Annual report of the Civil Veterinary Department, Bengal, for the year 1898-99 - 1898-1899
Year: 1898
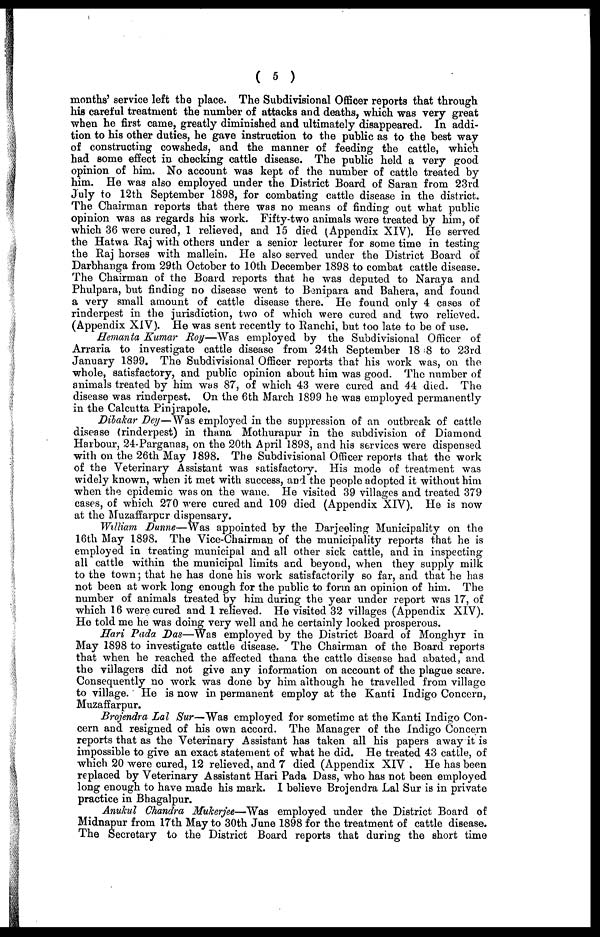
( 5 )
months' service left the place. The Subdivisional Officer reports that through
his careful treatment the number of attacks and deaths, which was very great
when he first came, greatly diminished and ultimately disappeared. In addi-
tion to his other duties, he gave instruction to the public as to the best way
of constructing cowsheds, and the manner of feeding the cattle, which
had some effect in checking cattle disease. The public held a very good
opinion of him. No account was kept of the number of cattle treated by
him. He was also employed under the District Board of Saran from 23rd
July to 12th September 1898, for combating cattle disease in the district.
The Chairman reports that there was no means of finding out what public
opinion was as regards his work. Fifty-two animals were treated by him, of
which 36 were cured, 1 relieved, and 15 died (Appendix XIV). He served
the Hatwa Raj with others under a senior lecturer for some time in testing
the Raj horses with mallein. He also served under the District Board of
Darbhanga from 29th October to 10th December 1898 to combat cattle disease.
The Chairman of the Board reports that he was deputed to Naraya and
Phulpara, but finding no disease went to Benipara and Bahera, and found
a very small amount of cattle disease there. He found only 4 cases of
rinderpest in the jurisdiction, two of which were cured and two relieved.
(Appendix XIV). He was sent recently to Ranchi, but too late to be of use.
Hemanta Kumar Roy—Was employed by the Subdivisional Officer of
Arraria to investigate cattle disease from 24th September 18 8 to 23rd
January 1899. The Subdivisional Officer reports that his work was, on the
whole, satisfactory, and public opinion about him was good. The number of
animals treated by him was 87, of which 43 were cured and 44 died. The
disease was rinderpest. On the 6th March 1899 he was employed permanently
in the Calcutta Pinjrapole.
Dilakar Dey—Was employed in the suppression of an outbreak of cattle
disease (rinderpest) in thana Mothurapur in the subdivision of Diamond
Harbour, 24-Parganas, on the 20th April 1898, and his services were dispensed
with on the 26th May 1898. The Subdivisional Officer reports that the work
of the Veterinary Assistant was satisfactory. His mode of treatment was
widely known, when it met with success, and the people adopted it without him
when the epidemic was on the wane. He visited 39 villages and treated 379
cases, of which 270 were cured and 109 died (Appendix XIV). He is now
at the Muzaffarpur dispensary.
William Dunne—Was appointed by the Darjeeling Municipality on the
16th May 1898. The Vice-Chairman of the municipality reports that he is
employed in treating municipal and all other sick cattle, and in inspecting
all cattle within the municipal limits and beyond, when they supply milk
to the town; that he has done his work satisfactorily so far, and that he has
not been at work long enough for the public to form an opinion of him. The
number of animals treated by him during the year under report was 17, of
which 16 were cured and 1 relieved. He visited 32 villages (Appendix XIV).
He told me he was doing very well and he certainly looked prosperous.
Hari Pada Das—Was employed by the District Board of Monghyr in
May 1898 to investigate cattle disease. The Chairman of the Board reports
that when he reached the affected thana the cattle disease had abated, and
the villagers did not give any information on account of the plague scare.
Consequently no work was done by him although he travelled from village
to village. He is now in permanent employ at the Kanti Indigo Concern,
Muzaffarpur.
Brojendra Lal Sur—Was employed for sometime at the Kanti Indigo Con-
cern and resigned of his own accord. The Manager of the Indigo Concern
reports that as the Veterinary Assistant has taken all his papers away it is
impossible to give an exact statement of what he did. He treated 43 cattle, of
which 20 were cured, 12 relieved, and 7 died (Appendix XIV
He has been
replaced by Veterinary Assistant Hari Pada Dass, who has not been employed
long enough to have made his mark. I believe Brojendra Lal Sur is in private
practice in Bhagalpur.
Anukul Chandra Muherjee—Was employed under the District Board of
Midnapur from 17th May to 30th June 1898 for the treatment of cattle disease.
The Secretary to the District Board reports that during the short time